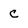
Character: c